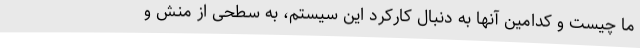
ما چیست و کدامین آنها به دنبال کارکرد این سیستم، به سطحی از منش و